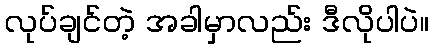
လုပ်ချင်တဲ့ အခါမှာလည်း ဒီလိုပါပဲ။